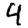
Digit: 4